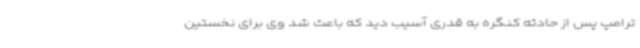
ترامپ پس از حادثه کنگره به قدری آسیب دید که باعث شد وی برای نخستین